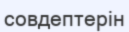
совдептерін